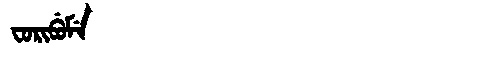
Manchu: ᠸᠣᡵᡳᠪᡠᠮᡝ
Romanization: FORIBUME